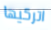
اتركيها